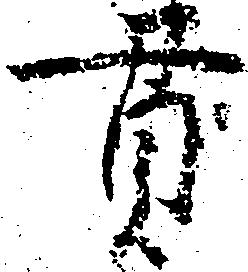
貫